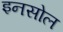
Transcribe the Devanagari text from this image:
इनसोल